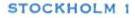
STOCKHOLM 1